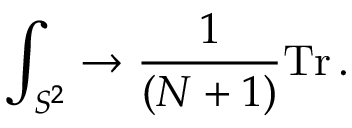
\int _ { S ^ { 2 } } \to { \frac { 1 } { ( N + 1 ) } } \mathrm { T r } \, .